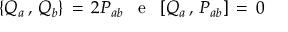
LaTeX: \{ Q _ { a } \, , \, Q _ { b } \} \, = \, 2 P _ { a b } \; \; \; \mathrm { e } \; \; \; [ Q _ { a } \, , \, P _ { a b } ] \, = \, 0